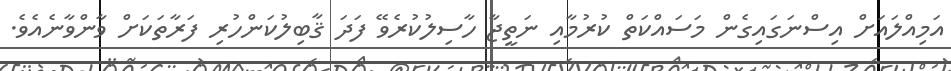
އަމިއްލައަށް އިސްނަގައިގެން މަސައްކަތް ކުރުމާއި ނަތީޖާ ހާސިލުކުރެވޭ ފަދަ ޤާބިލުކަންހުރި ފަރާތަކަށް ވާންވާނެއެވެ.